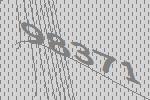
98371